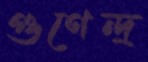
গুণেন্দ্র